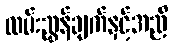
လမ်းညွှန်ချက်နှင့်အညီ